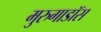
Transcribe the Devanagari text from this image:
मुरुगाडॉस